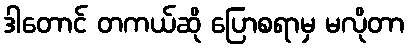
ဒါတောင် တကယ်ဆို ပြောစရာမှ မလိုတာ